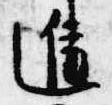
進